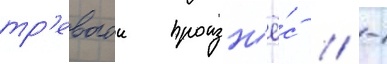
тр'евогои произн'ё́с // -